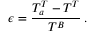
\epsilon = \frac { T _ { a } ^ { T } - T ^ { T } } { T ^ { B } } \, .